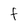
Character: f